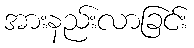
အားနည်းလာခြင်း